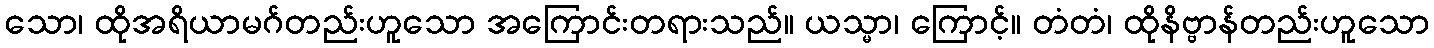
သော၊ ထိုအရိယာမဂ်တည်းဟူသော အကြောင်းတရားသည်။ ယသ္မာ၊ ကြောင့်။ တံတံ၊ ထိုနိဗ္ဗာန်တည်းဟူသော